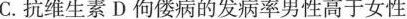
C.抗维生素D佝偻病的发病率男性高于女性